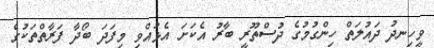
ވީހިނދު ދައުލަތް ހިންގުމުގެ ދުސްތޫރީ ބާރު އެކަށަ އެޅުއްވި މިފަދަ ބޯދާ ފަރާތްތަކުގެ